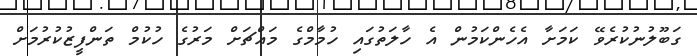
ގަބޫލުނުކުރެވޭ ކަމަށާ އެހެންކަމުން އެ ހާލަތުގައި ހުމާމްގެ މައްޗަށް މަރުގެ ހުކުމް ތަންފީޒުކުރުމަށް